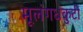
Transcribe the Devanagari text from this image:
मूलंगधकुटी